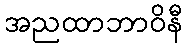
အညထာဘာဝိနီ